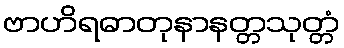
ဗာဟိရဓာတုနာနတ္တသုတ္တံ